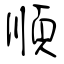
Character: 順